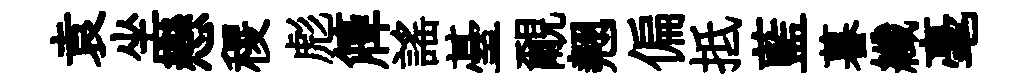
袁坐戀稷彪簰謡䑓覼翹偏抵藍暮纖毫